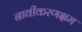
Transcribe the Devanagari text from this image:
नावीकरणक्षम